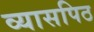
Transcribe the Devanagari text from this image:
व्यासपिठ